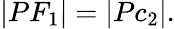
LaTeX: |PF_{1}|=|Pc_{2}|.